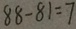
8 8 - 8 1 = 7